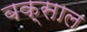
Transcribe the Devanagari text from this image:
बक्साल